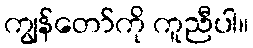
ကျွန်တော်ကို ကူညီပါ။